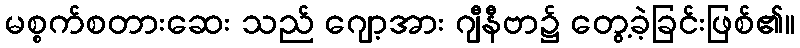
မစ္စက်စတားဆေး သည် ဂျော့အား ဂျီနီဗာ၌ တွေ့ခဲ့ခြင်းဖြစ်၏။